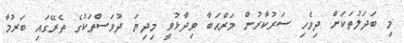
މި ބަދަލުތަކަށް ދިވެހި ސަރުކާރުން މަރްޙަބާ ވިދާޅުވީ މިދިޔަ ދުވަސްތަކުގެ ތެރޭގައި ބަރުމާ